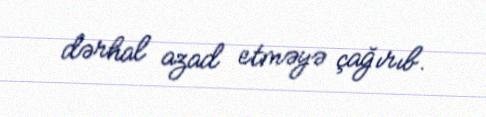
dərhal azad etməyə çağırıb.